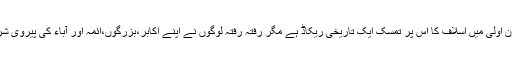
ملت اسلامیہ کے ہر فرد کے لیے رسول ﷺکااسوہ حسنہ حرزجاں کی حیثیت رکھتا ہے اور قرون اولیٰ میں اسلاف کا اس پر تمسک ایک تاریخی ریکاڈ ہے مگر رفتہ رفتہ لوگوں نے اپنے اکابر،بزرگوں،ائمہ اور آباء کی پیروی شروع کر دی اور اتباع کو چھوڑ کر تقلید کو اپنا لیاتو معاشرے میں بدعات و خرافات نے جنم لیا۔